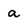
Character: a